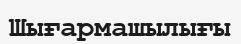
Шығaрмaшылығы